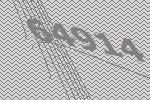
64914